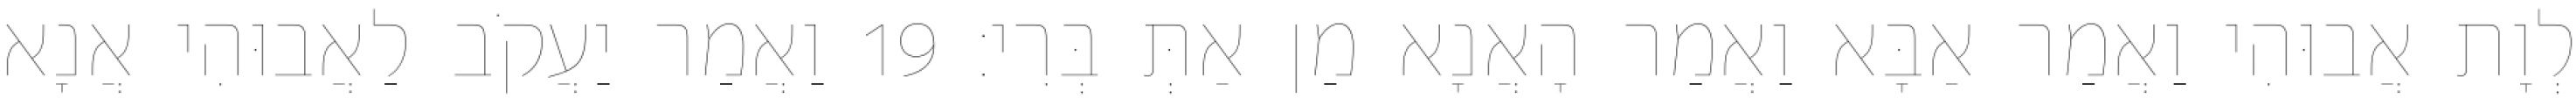
לְוָת אֲבוּהִי וַאֲמַר אַבָּא וַאֲמַר הָאֲנָא מַן אַתְּ בְּרִי׃ 19 וַאֲמַר יַעֲקֹב לַאֲבוּהִי אֲנָא